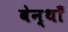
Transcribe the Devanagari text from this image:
बेन्थाँ